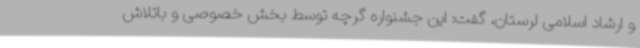
و ارشاد اسلامی لرستان، گفت: این جشنواره گرچه توسط بخش خصوصی و باتلاش